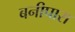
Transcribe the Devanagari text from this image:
बनीपारा